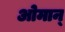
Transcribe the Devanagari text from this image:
ओमान्